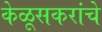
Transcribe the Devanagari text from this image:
केळूसकरांचे